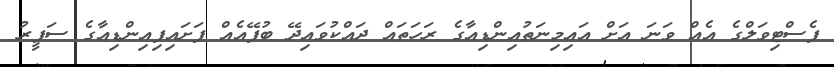
ފެސްޓިވަލްގެ އެއް ވަނަ އަށް އައިމިނަތުއިންޑިއާގެ ރަހަތައް ދައްކުވައިދޭ ބުފޭއެއް ފަށައިފިއިންޑިއާގެ ސަފީރު